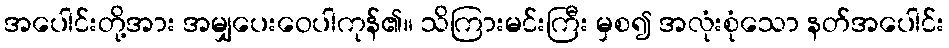
အပေါင်းတို့အား အမျှပေးဝေပါကုန်၏။ သိကြားမင်းကြီး မှစ၍ အလုံးစုံသော နတ်အပေါင်း